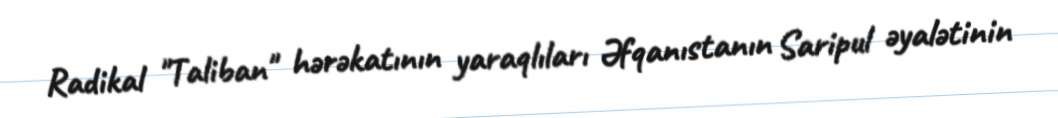
Radikal "Taliban" hərəkatının yaraqlıları Əfqanıstanın Saripul əyalətinin